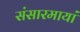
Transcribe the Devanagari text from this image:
संसारमायां